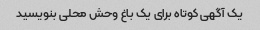
یک آگهی کوتاه برای یک باغ وحش محلی بنویسید